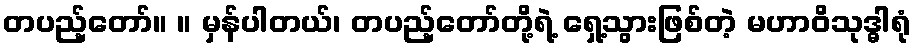
တပည့်တော်။ ။ မှန်ပါတယ်၊ တပည့်တော်တို့ရဲ့ ရှေ့သွားဖြစ်တဲ့ မဟာဝိသုဒ္ဓါရုံ